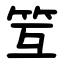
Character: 䇘